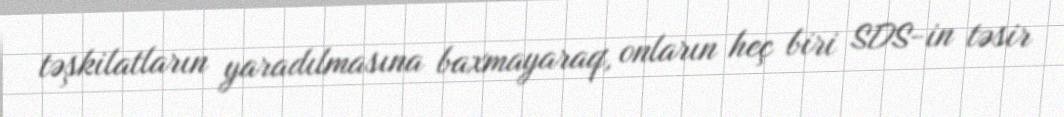
təşkilatların yaradılmasına baxmayaraq, onların heç biri SDS-in təsir